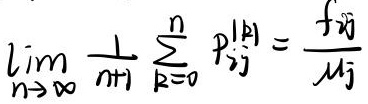
\[
\lim_{n \to \infty} \frac{1}{n + 1} \sum_{k = 0}^{n} p_{ij}^{\vert k \vert} = \frac{f_{ij}}{\mu_j}
\]